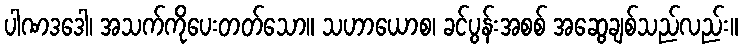
ပါဏဒဒေါ၊ အသက်ကိုပေးတတ်သော။ သဟာယောစ၊ ခင်ပွန်းအစစ် အဆွေချစ်သည်လည်း။